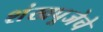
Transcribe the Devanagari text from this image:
शंखपूजेचे